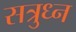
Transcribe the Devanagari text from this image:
सत्रुध्न